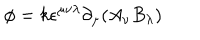
\phi = k \epsilon ^ { \mu \nu \lambda } \partial _ { \mu } ( A _ { \nu } B _ { \lambda } )